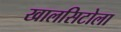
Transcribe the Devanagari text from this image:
खालसिटोला